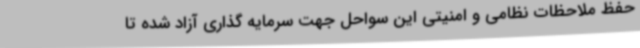
حفظ ملاحظات نظامی و امنیتی این سواحل جهت سرمایه گذاری آزاد شده تا